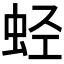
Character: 𰲶